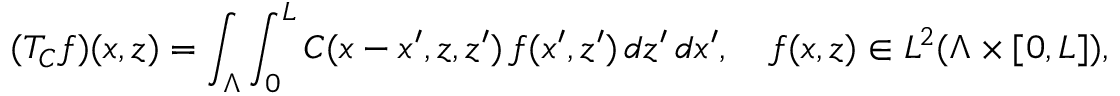
( T _ { C } f ) ( x , z ) = \int _ { \Lambda } \int _ { 0 } ^ { L } C ( x - x ^ { \prime } , z , z ^ { \prime } ) \, f ( x ^ { \prime } , z ^ { \prime } ) \, d z ^ { \prime } \, d x ^ { \prime } , \ \ \ f ( x , z ) \in L ^ { 2 } ( \Lambda \times [ 0 , L ] ) ,